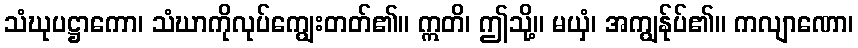
သံဃုပဋ္ဌာကော၊ သံဃာကိုလုပ်ကျွေးတတ်၏။ ဣတိ၊ ဤသို့။ မယှံ၊ အကျွန်ုပ်၏။ ကလျာဏော၊